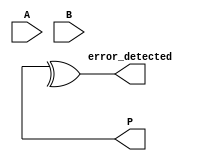
module FaultTolerantWallaceTreeMultiplier #(parameter N = 8) (
    input  [N-1:0] A,
    input  [N-1:0] B,
    output reg [2*N-1:0] P,
    output reg error_detected
);

    // Partial product generation
    wire [N-1:0] pp [N-1:0]; // Partial products
    genvar i, j;
    generate
        for (i = 0; i < N; i = i + 1) begin : gen_partial_products
            for (j = 0; j < N; j = j + 1) begin : and_gate
                assign pp[i][j] = A[i] & B[j];
            end
        end
    endgenerate

    // Wallace tree reduction
    wire [N-1:0] sum [N-1:0]; // Sums
    wire [N-1:0] carry [N-1:0]; // Carries
    wire [N-1:0] final_sum;
    wire [N-1:0] final_carry;

    // First stage reduction
    generate
        for (i = 0; i < N; i = i + 1) begin : reduce_stage1
            if (i < N-1) begin
                assign {carry[i][0], sum[i][0]} = pp[i][0] + pp[i][1] + pp[i+1][0];
                assign {carry[i][1], sum[i][1]} = pp[i][2] + pp[i][3] + pp[i+1][1];
            end else begin
                assign sum[i][0] = pp[i][0];
                assign sum[i][1] = pp[i][1];
            end
        end
    endgenerate

    // Final addition stage
    wire [2*N-1:0] final_result;
    assign final_result = {final_carry, final_sum};

    // Error detection (simple parity check)
    always @(*) begin
        error_detected = ^final_result; // Simple parity check
        P = final_result; // Assign the product
    end

endmodule